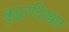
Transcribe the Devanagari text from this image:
बुद्धरविखत